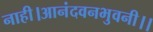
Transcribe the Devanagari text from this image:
नाही।आनंदवनभुवनी।।